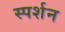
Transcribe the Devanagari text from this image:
स्पर्शन